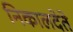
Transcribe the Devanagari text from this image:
निकालदेते